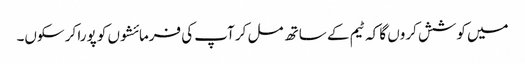
میں کوشش کروں گا کہ ٹیم کے ساتھ مل کر آپ کی فرمائشوں کو پورا کر سکوں۔